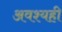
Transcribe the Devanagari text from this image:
अवश्यही